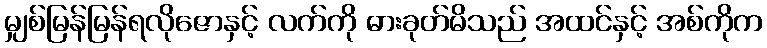
မျှစ်မြန်မြန်ရလိုဇောနှင့် လက်ကို ဓားခုတ်မိသည် အထင်နှင့် အစ်ကိုက